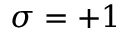
\sigma = + 1